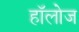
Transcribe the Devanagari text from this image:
हाॅलोज